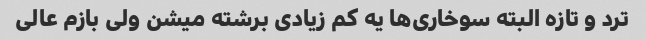
ترد و تازه البته سوخاری‌ها یه کم زیادی برشته میشن ولی بازم عالی